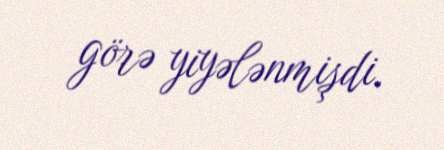
görə yiyələnmişdi.